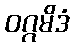
ဝဂ္ဂမိဒံ